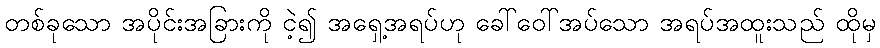
တစ်ခုသော အပိုင်းအခြားကို ငဲ့၍ အရှေ့အရပ်ဟု ခေါ်ဝေါ်အပ်သော အရပ်အထူးသည် ထိုမှ